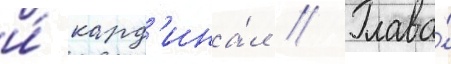
и́ кард'ина́л // Глава́